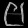
Digit: ၉